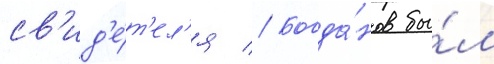
св'ид'е́т'ел'я // Богда́нов бы́л